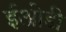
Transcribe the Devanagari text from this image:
ईओडी